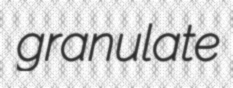
granulate